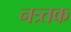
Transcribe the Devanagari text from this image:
नत्र्तक